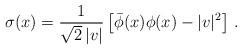
LaTeX: \begin{align*}\sigma(x)=\frac{1}{\sqrt{2}\,|v|}\left[\bar\phi(x)\phi(x)-|v|^2\right]\,.\end{align*}